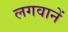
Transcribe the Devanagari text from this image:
लगवानें